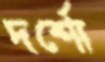
দর্শো